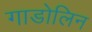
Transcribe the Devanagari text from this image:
गाडोलिन